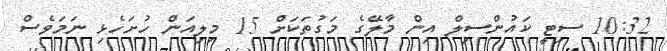
10:32 ސިޓީ ކައުންސިލް އިން މާލޭގެ މަގުތަކަށް 15 މިލިއަން ހުށަހެޅި ނަމަވެސް